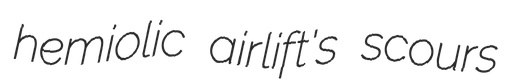
hemiolic airlift's scours